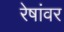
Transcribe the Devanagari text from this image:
रेषांवर